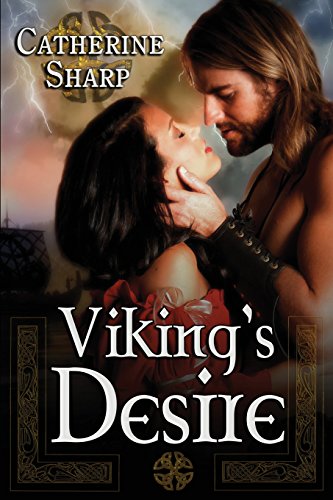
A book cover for Viking's Desire: Sexy-Romance Novel: A Viking Love Story; Catherine Sharp; Romance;